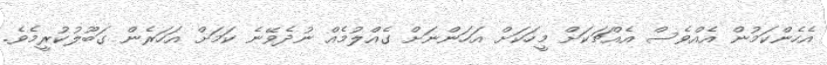
އެހެންކަމުން އެއްވެސް އެއްޗަކަށް މީހަކަށް އަަހަންނަށް ގެއްލުމެއް ނުދެވޭނެ ކަމަށް އަހަރެން ގަބޫލުކުރީމެވެ.